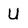
Character: U